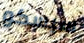
سيسكو